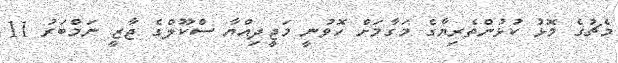
މެޗުގެ މޮޅު ކުޅުންތެރިޔާގެ މަގާމަށް ހޮވުނީ މަޖީދިއްޔާ ސްކޫލްގެ ޖާޒީ ނަމްބަރު 11